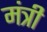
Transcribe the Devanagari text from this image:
मंत्री